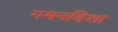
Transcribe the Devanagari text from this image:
गमनदिशा